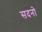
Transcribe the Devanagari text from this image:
सदनो